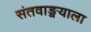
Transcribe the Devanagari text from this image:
संतवाङ्मयाला